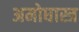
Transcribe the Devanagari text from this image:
अमोघास्त्र